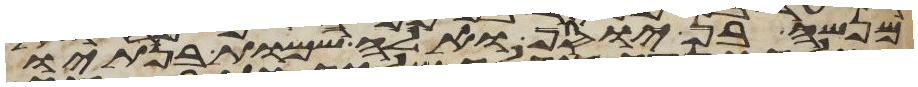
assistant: מנשה בן יוסף ואלה שמות בנתיו